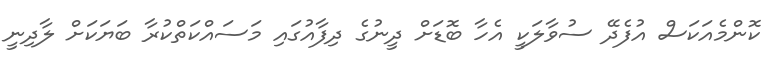
ކޮންމެއަކަސް އުފެދޭ ސުވާލަކީ އެހާ ބޮޑަށް ދީނުގެ ދިފާއުގައި މަސައްކަތްކުރާ ބަޔަކަށް ލާދިނީ